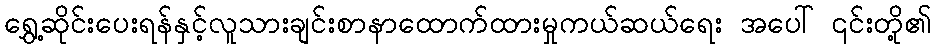
ရွှေ့ဆိုင်းပေးရန်နှင့်လူသားချင်းစာနာထောက်ထားမှုကယ်ဆယ်ရေး အပေါ် ၎င်းတို့၏